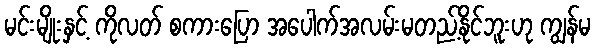
မင်းမျိုးနှင့် ကိုလတ် စကားပြော အပေါက်အလမ်းမတည့်နိုင်ဘူးဟု ကျွန်မ